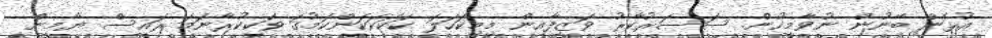
އުޅެން ބޭނުން ނުވާމީހުން. ސަސަރުކާރު ވަޒީފާއިން މިމިކަހަލަ ކަކަކަކަންކަމުގަ ވަކިކުރާނަމަ ރައީސް ޔާމީން